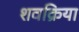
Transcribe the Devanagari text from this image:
शवक्रिया